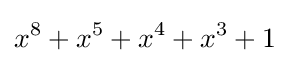
x^{8}+x^{5}+x^{4}+x^{3}+1